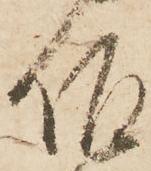
伯